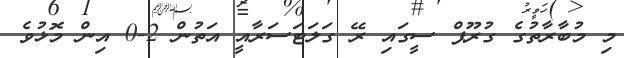
މި މުބާރާތުގެ ގުރޫޕް ސީގައި ރޭ ގަލަޓަސަރާއީ އަތުން 2-0 އިން މޮޅުވެ